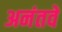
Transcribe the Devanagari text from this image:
अनंतवें